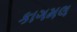
કાગમલ